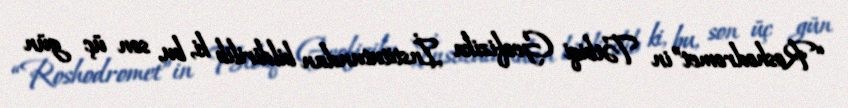
“Roshodromet”in Tətbiqi Geofizika İnstitutundan bildirilib ki, bu, son üç gün